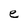
Character: e